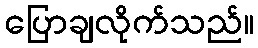
ပြောချလိုက်သည်။